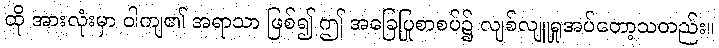
ထို အားလုံးမှာ ဝါကျ၏ အရာသာ ဖြစ်၍ ဤ အခြေပြုစာစပ်၌ လျစ်လျူရှုအပ်တော့သတည်း။